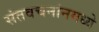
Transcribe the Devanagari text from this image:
संतवचनांनमध्ये